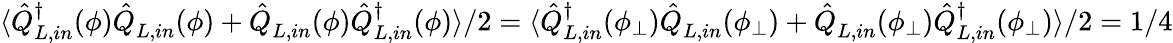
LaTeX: \langle\hat{Q}_{L,in}^{\dagger}(\phi)\hat{Q}_{L,in}^{}(\phi)+\hat{Q}_{L,in}^{}(\phi)\hat{Q}_{L,in}^{\dagger}(\phi)\rangle/2=\langle\hat{Q}_{L,in}^{\dagger}(\phi_{\bot})\hat{Q}_{L,in}^{}(\phi_{\bot})+\hat{Q}_{L,in}^{}(\phi_{\bot})\hat{Q}_{L,in}^{\dagger}(\phi_{\bot})\rangle/2=1/4